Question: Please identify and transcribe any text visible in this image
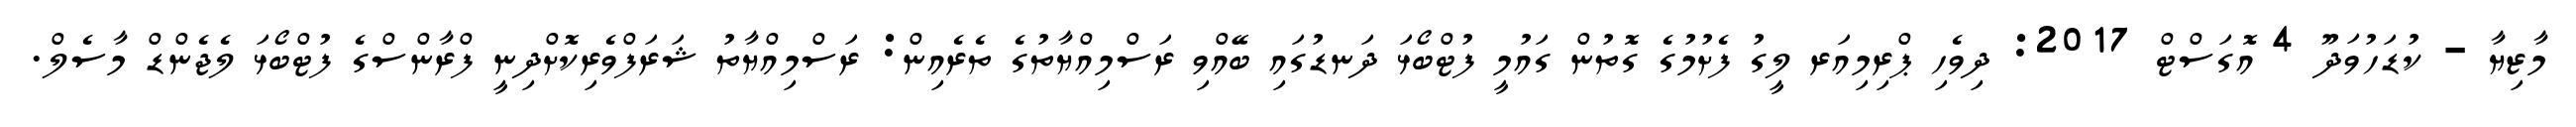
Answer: މާޒިޔާ - ކުޑަހުވަދޫ 4 އޮގަސްޓް 2017: ދިވެހި ޕްރިމިއަރ ލީގު ފެށުމުގެ ގޮތުން ގައުމީ ފުޓްބޯޅަ ދަނޑުގައި ބޭއްވި ރަސްމިއްޔާތުގެ ތެރެއިން: ރަސްމިއްޔާތު ޝަރަފްވެރިކޮށްދިނީ ފްރާންސްގެ ފުޓްބޯޅަ ލެޖެންޑް މާސެލް.